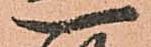
一